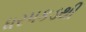
ધરપકડથી